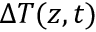
\Delta T ( z , t )